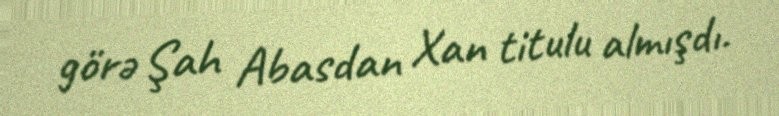
görə Şah Abasdan Xan titulu almışdı.